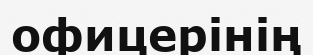
офицерінің